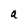
Character: a